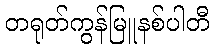
တရုတ်ကွန်မြူနစ်ပါတီ